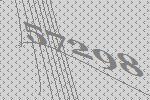
57298